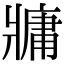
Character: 牅